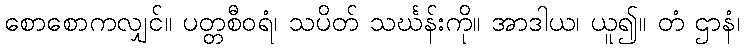
စောစောကလျှင်။ ပတ္တစီဝရံ၊ သပိတ် သင်္ဃန်းကို။ အာဒါယ၊ ယူ၍။ တံ ဌာနံ၊